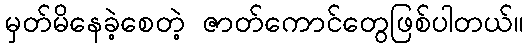
မှတ်မိနေခဲ့စေတဲ့ ဇာတ်ကောင်တွေဖြစ်ပါတယ်။